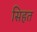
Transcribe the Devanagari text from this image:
सिहत